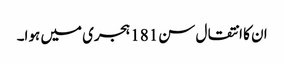
ان کا انتقال سن181 ہجری میں ہوا۔